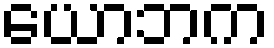
ယောဘက